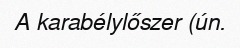
A karabélylőszer (ún.